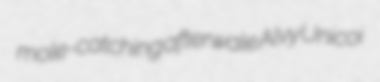
mole-catching afterwale Alvy Unicoi